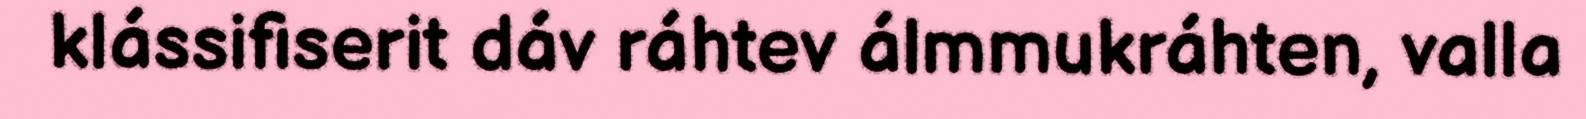
klássifiserit dáv ráhtev álmmukráhten, valla